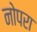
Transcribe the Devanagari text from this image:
नोपरा